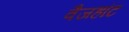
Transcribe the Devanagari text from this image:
वैजहॉट